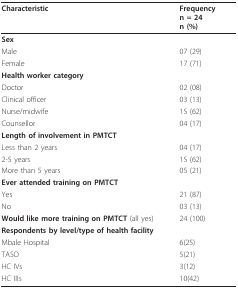
| Characteristic | Frequencyn = 24n (%) |
 | --- | --- |
 | Sex |  |
 | Male | 07 (29) |
 | Female | 17 (71) |
 | Health worker category |  |
 | Doctor | 02 (08) |
 | Clinical officer | 03 (13) |
 | Nurse/midwife | 15 (62) |
 | Counsellor | 04 (17) |
 | Length of involvement in PMTCT |  |
 | Less than 2 years | 04 (17) |
 | 2-5 years | 15 (62) |
 | More than 5 years | 05 (21) |
 | Ever attended training on PMTCT |  |
 | Yes | 21 (87) |
 | No | 03 (13) |
 | Would like more training on PMTCT (all yes) | 24 (100) |
 | Respondents by level/type of health facility |  |
 | Mbale Hospital | 6(25) |
 | TASO | 5(21) |
 | HC IVs | 3(12) |
 | HC IIIs | 10(42) |